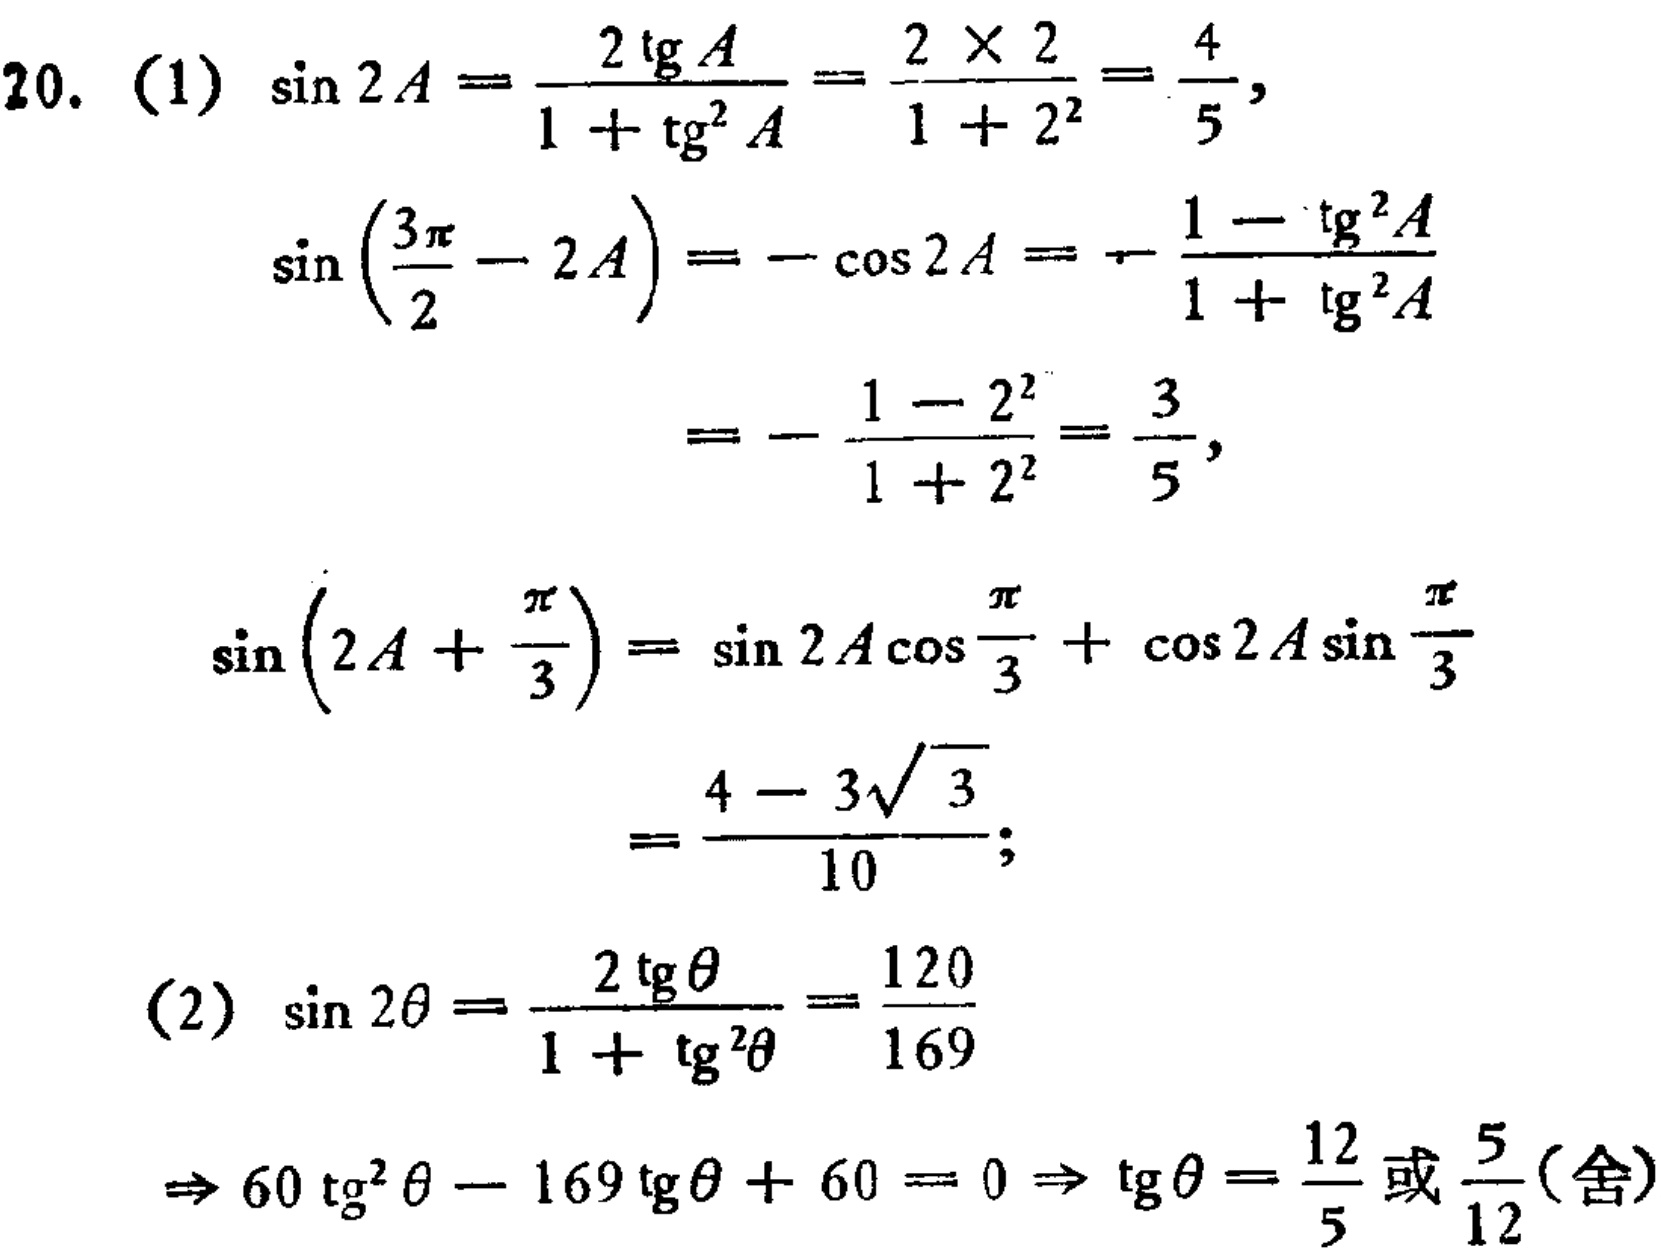
\[

\begin{align*}

20.\ (1)&\sin 2A=\frac{2\mathrm{tg}A}{1 + \mathrm{tg}^{2}A}=\frac{2\times 2}{1 + 2^{2}}=\frac{4}{5},\\

&\sin\left(\frac{3\pi}{2}-2A\right)=-\cos 2A=-\frac{1 - \mathrm{tg}^{2}A}{1 + \mathrm{tg}^{2}A}\\

&=-\frac{1 - 2^{2}}{1 + 2^{2}}=\frac{3}{5},\\

&\sin\left(2A+\frac{\pi}{3}\right)=\sin 2A\cos\frac{\pi}{3}+\cos 2A\sin\frac{\pi}{3}\\

&=\frac{4 - 3\sqrt{3}}{10};\\

(2)&\sin 2\theta=\frac{2\mathrm{tg}\theta}{1 + \mathrm{tg}^{2}\theta}=\frac{120}{169}\\

&\Rightarrow 60\mathrm{tg}^{2}\theta-169\mathrm{tg}\theta + 60 = 0\Rightarrow\mathrm{tg}\theta=\frac{12}{5}\text{ 或 }\frac{5}{12}(\text{舍})

\end{align*}

\]